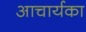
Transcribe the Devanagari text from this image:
अाचार्यका